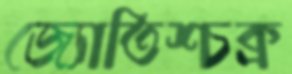
জ্যোতিশ্চক্র